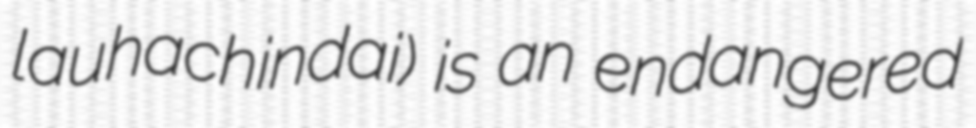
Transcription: lauhachindai) is an endangered